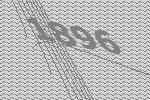
1896